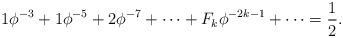
LaTeX: \begin{align*} 1\phi^{-3} + 1\phi^{-5}+2\phi^{-7}+\cdots+F_k\phi^{-2k-1}+\cdots = \frac{1}{2}\mbox{.}\end{align*}